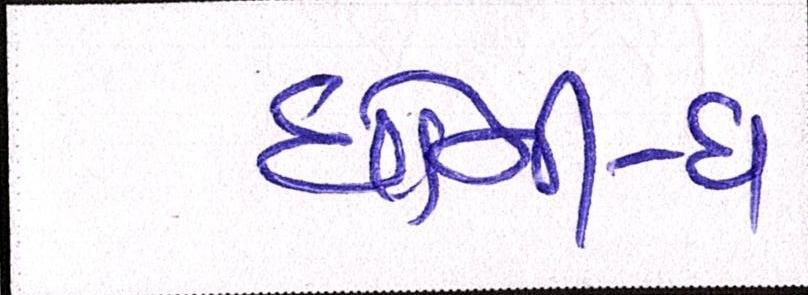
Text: ધોની-ધ